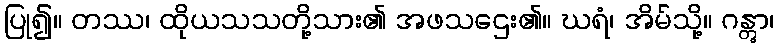
ပြု၍။ တဿ၊ ထိုယသသတို့သား၏ အဖသဌေး၏။ ဃရံ၊ အိမ်သို့။ ဂန္တွာ၊